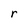
Character: r